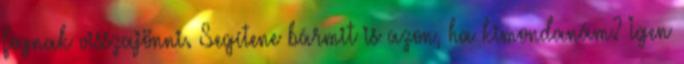
fognak visszajönni. Segítene bármit is azon, ha kimondanám? Igen